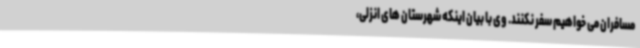
مسافران می خواهیم سفر نکنند. وی با بیان اینکه شهرستان های انزلی،